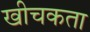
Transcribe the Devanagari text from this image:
खीचकता